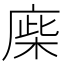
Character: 𢉪